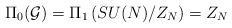
LaTeX: \begin{align*}\Pi_0({\cal G})=\Pi_1\left( SU(N)/Z_N\right)=Z_N\end{align*}